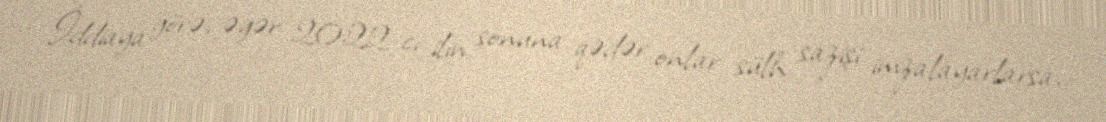
İddiaya görə, əgər 2022-ci ilin sonuna qədər onlar sülh sazişi imzalayarlarsa,